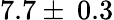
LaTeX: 7.7\pm\: 0.3